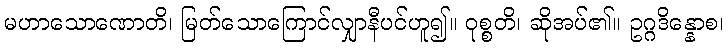
မဟာသောဏောတိ၊ မြတ်သောကြောင်လျှာနီပင်ဟူ၍။ ဝုစ္စတိ၊ ဆိုအပ်၏။ ဥဂ္ဂဒိန္နောစ၊